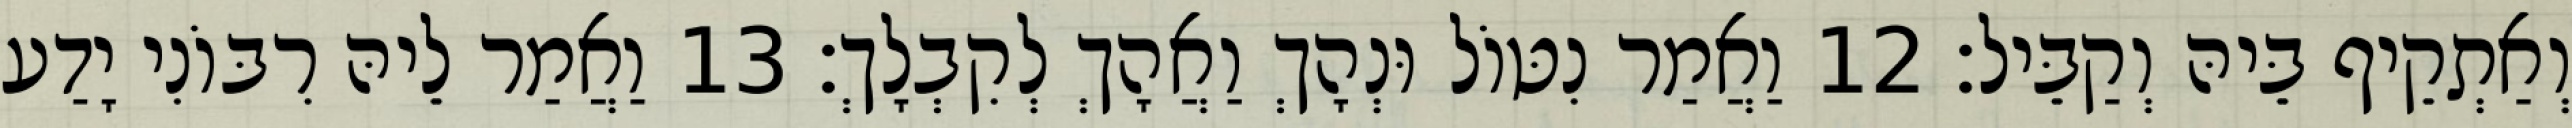
וְאַתְקֵיף בֵּיהּ וְקַבֵּיל׃ 12 וַאֲמַר נִטּוֹל וּנְהָךְ וַאֲהָךְ לְקִבְלָךְ׃ 13 וַאֲמַר לֵיהּ רִבּוֹנִי יָדַע